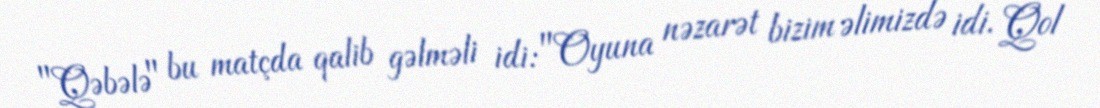
"Qəbələ" bu matçda qalib gəlməli idi: "Oyuna nəzarət bizim əlimizdə idi. Qol